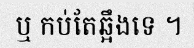
ឬ កប់តែឆ្អឹងទេ ។